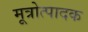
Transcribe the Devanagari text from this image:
मूत्रोत्पादक